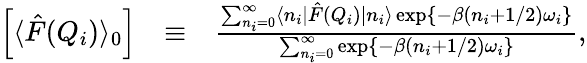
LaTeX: \begin{array}{rlr}{\left[\langle\hat{F}(Q_{i})\rangle_{0}\right]}&{\equiv}&{\frac{\sum_{n_{i}=0}^{\infty}\langle n_{i}|\hat{F}(Q_{i})|n_{i}\rangle\exp\{ -\beta(n_{i}+1/2)\omega_{i}\} }{\sum_{n_{i}=0}^{\infty}\exp\{ -\beta(n_{i}+1/2)\omega_{i}\} },}\end{array}